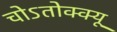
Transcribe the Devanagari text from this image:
चोऽतोक्क्यू